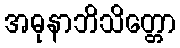
အဓုနာဘိသိတ္တော